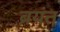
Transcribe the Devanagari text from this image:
ब्रयंत